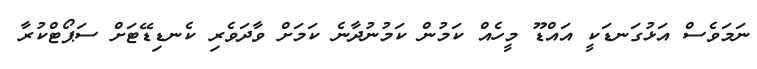
ނަމަވެސް އަޅުގަނޑަކީ އައްޑޫ މީހެއް ކަމުން ކަމުނުދާނެ ކަމަށް ވާދަވެރި ކެނޑިޑޭޓަށް ސަޕޯޓްކުރާ